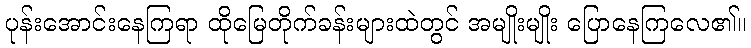
ပုန်းအောင်းနေကြရာ ထိုမြေတိုက်ခန်းများထဲတွင် အမျိုးမျိုး ပြောနေကြလေ၏။